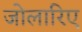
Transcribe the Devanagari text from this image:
जोलारिए